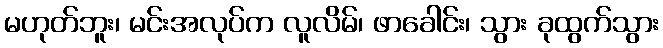
မဟုတ်ဘူး၊ မင်းအလုပ်က လူလိမ်၊ ဖာခေါင်း၊ သွား ခုထွက်သွား